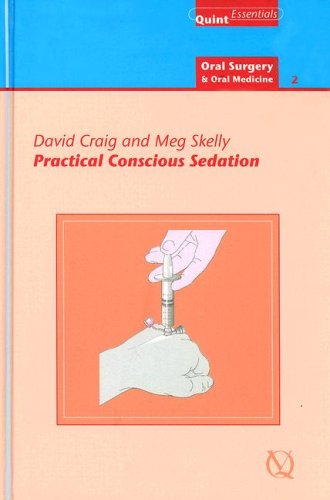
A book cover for Practical Conscious Sedation: Oral Surgery and Oral Medicine - 2 (Quintessentials of Dental Practice); David Craig; Medical Books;